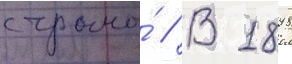
страны́ // В 1898